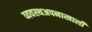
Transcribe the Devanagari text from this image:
व्यवस्थअपनाखाली